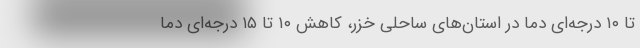
تا ۱۰ درجه‌ای دما در استان‌های ساحلی خزر، کاهش ۱۰ تا ۱۵ درجه‌ای دما